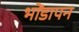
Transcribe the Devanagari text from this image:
भोंडापन